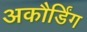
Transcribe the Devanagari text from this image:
अकौर्डिंग